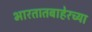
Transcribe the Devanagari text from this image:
भारतातबाहेरच्या